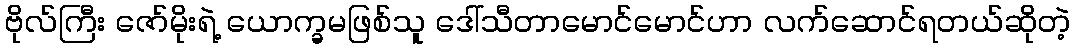
ဗိုလ်ကြီး ဇော်မိုးရဲ့ ယောက္ခမဖြစ်သူ ဒေါ်သီတာမောင်မောင်ဟာ လက်ဆောင်ရတယ်ဆိုတဲ့